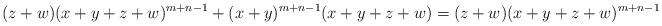
LaTeX: \begin{align*}(z+w)(x+y+z+w)^{m+n-1} +(x+y)^{m+n-1}(x+y+z+w) = (z+w)(x+y+z+w)^{m+n-1} \end{align*}